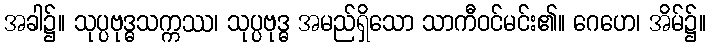
အခါ၌။ သုပ္ပဗုဒ္ဓသက္ကဿ၊ သုပ္ပဗုဒ္ဓ အမည်ရှိသော သာကီဝင်မင်း၏။ ဂေဟေ၊ အိမ်၌။